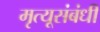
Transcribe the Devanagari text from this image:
मृत्यूसंबंधी